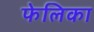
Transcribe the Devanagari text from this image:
फेलिका